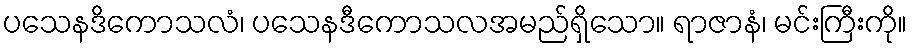
ပသေနဒိကောသလံ၊ ပသေနဒီကောသလအမည်ရှိသော။ ရာဇာနံ၊ မင်းကြီးကို။